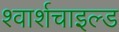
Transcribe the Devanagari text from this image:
श्वार्शचाइल्ड